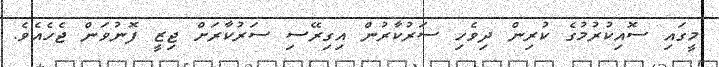
މީގައި ސޮއިކުރުމުގެ ކުރިން ދިވެހި ސަރުކާރުން އިގިރޭސި ސަރުކާރަށް ޖިޒީ ފޮނުވަން ޖެހެއެވެ.